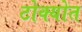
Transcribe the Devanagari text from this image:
टोक्योत